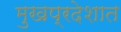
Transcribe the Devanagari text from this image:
मुखप्रदेशात